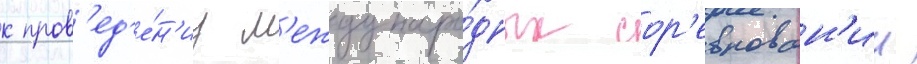
к пров'ед'е́н'иу м'еждунаро́дных сор'евнован'ии